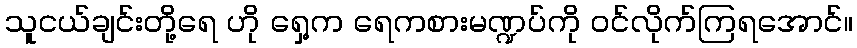
သူငယ်ချင်းတို့ရေ ဟို ရှေ့က ရေကစားမဏ္ဍပ်ကို ဝင်လိုက်ကြရအောင်။